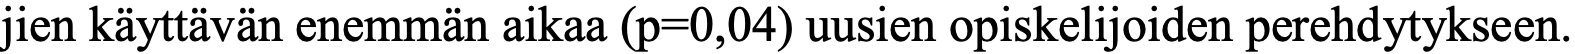
jien käyttävän enemmän aikaa (p=0,04) uusien opiskelijoiden perehdytykseen.